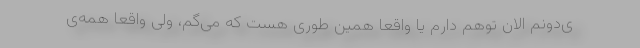
ی‌دونم الان توهم دارم یا واقعا همین طوری هست که می‌گم، ولی واقعا همه‌ی